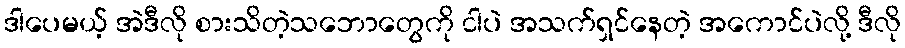
ဒါပေမယ့် အဲဒီလို စားသိတဲ့သဘောတွေကို ငါပဲ အသက်ရှင်နေတဲ့ အကောင်ပဲလို့ ဒီလို